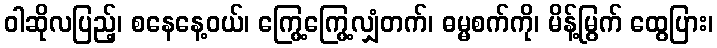
ဝါဆိုလပြည့်၊ စနေနေ့ဝယ်၊ ကြွေ့ကြွေ့လျှံတက်၊ ဓမ္မစက်ကို၊ မိန့်မြွက် ထွေပြား၊